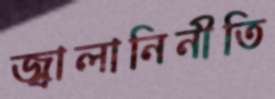
জ্বালানিনীতি